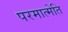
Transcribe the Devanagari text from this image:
परमात्मेति